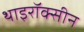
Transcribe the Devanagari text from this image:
थाइरॉक्सीन